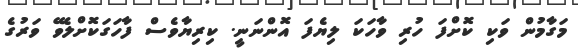
މަގާމުން ވަކި ކޮށްފަ ހުރި ވާހަކަ ލިޔެފަ އޮންނަނީ. ކިރިޔާވެސް ފާހަގަކޮށްލެވޭ ވަރުގެ